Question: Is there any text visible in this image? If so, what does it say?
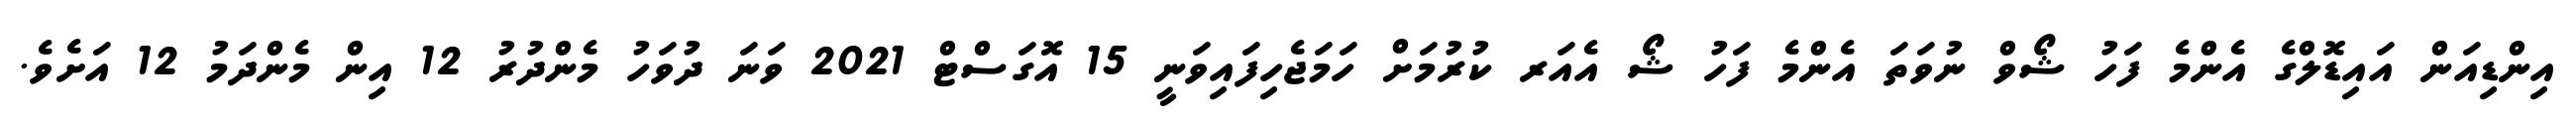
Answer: އިންޑިއަން އައިޑޮލްގެ އެންމެ ފަހު ޝޯވް ނުވަތަ އެންމެ ފަހު ޝޯ އެއަރ ކުރުމަށް ހަމަޖެހިފައިވަނީ 15 އޮގަސްޓް 2021 ވަނަ ދުވަހު މެންދުރު 12 އިން މެންދަމު 12 އަށެވެ.